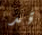
قد